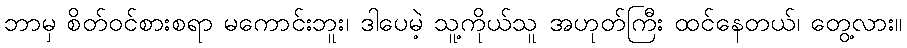
ဘာမှ စိတ်ဝင်စားစရာ မကောင်းဘူး၊ ဒါပေမဲ့ သူ့ကိုယ်သူ အဟုတ်ကြီး ထင်နေတယ်၊ တွေ့လား။